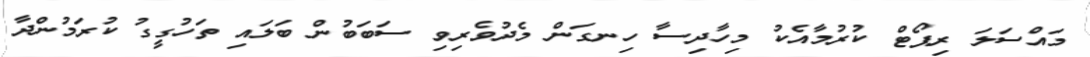
މައްސަލަ ރިޕޯޓް ކުރުމާއެކު މިހާދިސާ ހިނގަން މެދުވެރިވި ސަބަބުން ބަލައި ތަހުގީގު ކުރަމުންދާ